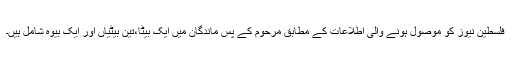
فلسطین نیوز کو موصول ہونے والی اطلاعات کے مطابق مرحوم کے پس ماندگان میں ایک بیٹا،تین بیٹیاں اور ایک بیوہ شامل ہیں۔